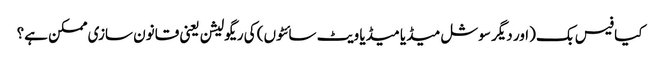
کیا فیس بک (اور دیگر سوشل میڈیا میڈیا ویٹ سائٹوں) کی ریگولیشن یعنی قانون سازی ممکن ہے؟